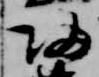
帰